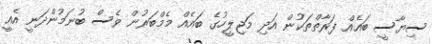
ސިޔާސީ ބައެއް ފަރާތްތަކުން އަދި މަޖިލީހުގެ ބައެއް މެމްބަރުން ވެސް ބުނަމުންދަނީ އެއީ